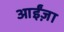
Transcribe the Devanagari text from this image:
आईंज़ा